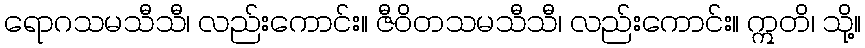
ရောဂသမသီသီ၊ လည်းကောင်း။ ဇီဝိတသမသီသီ၊ လည်းကောင်း။ ဣတိ၊ သို့။